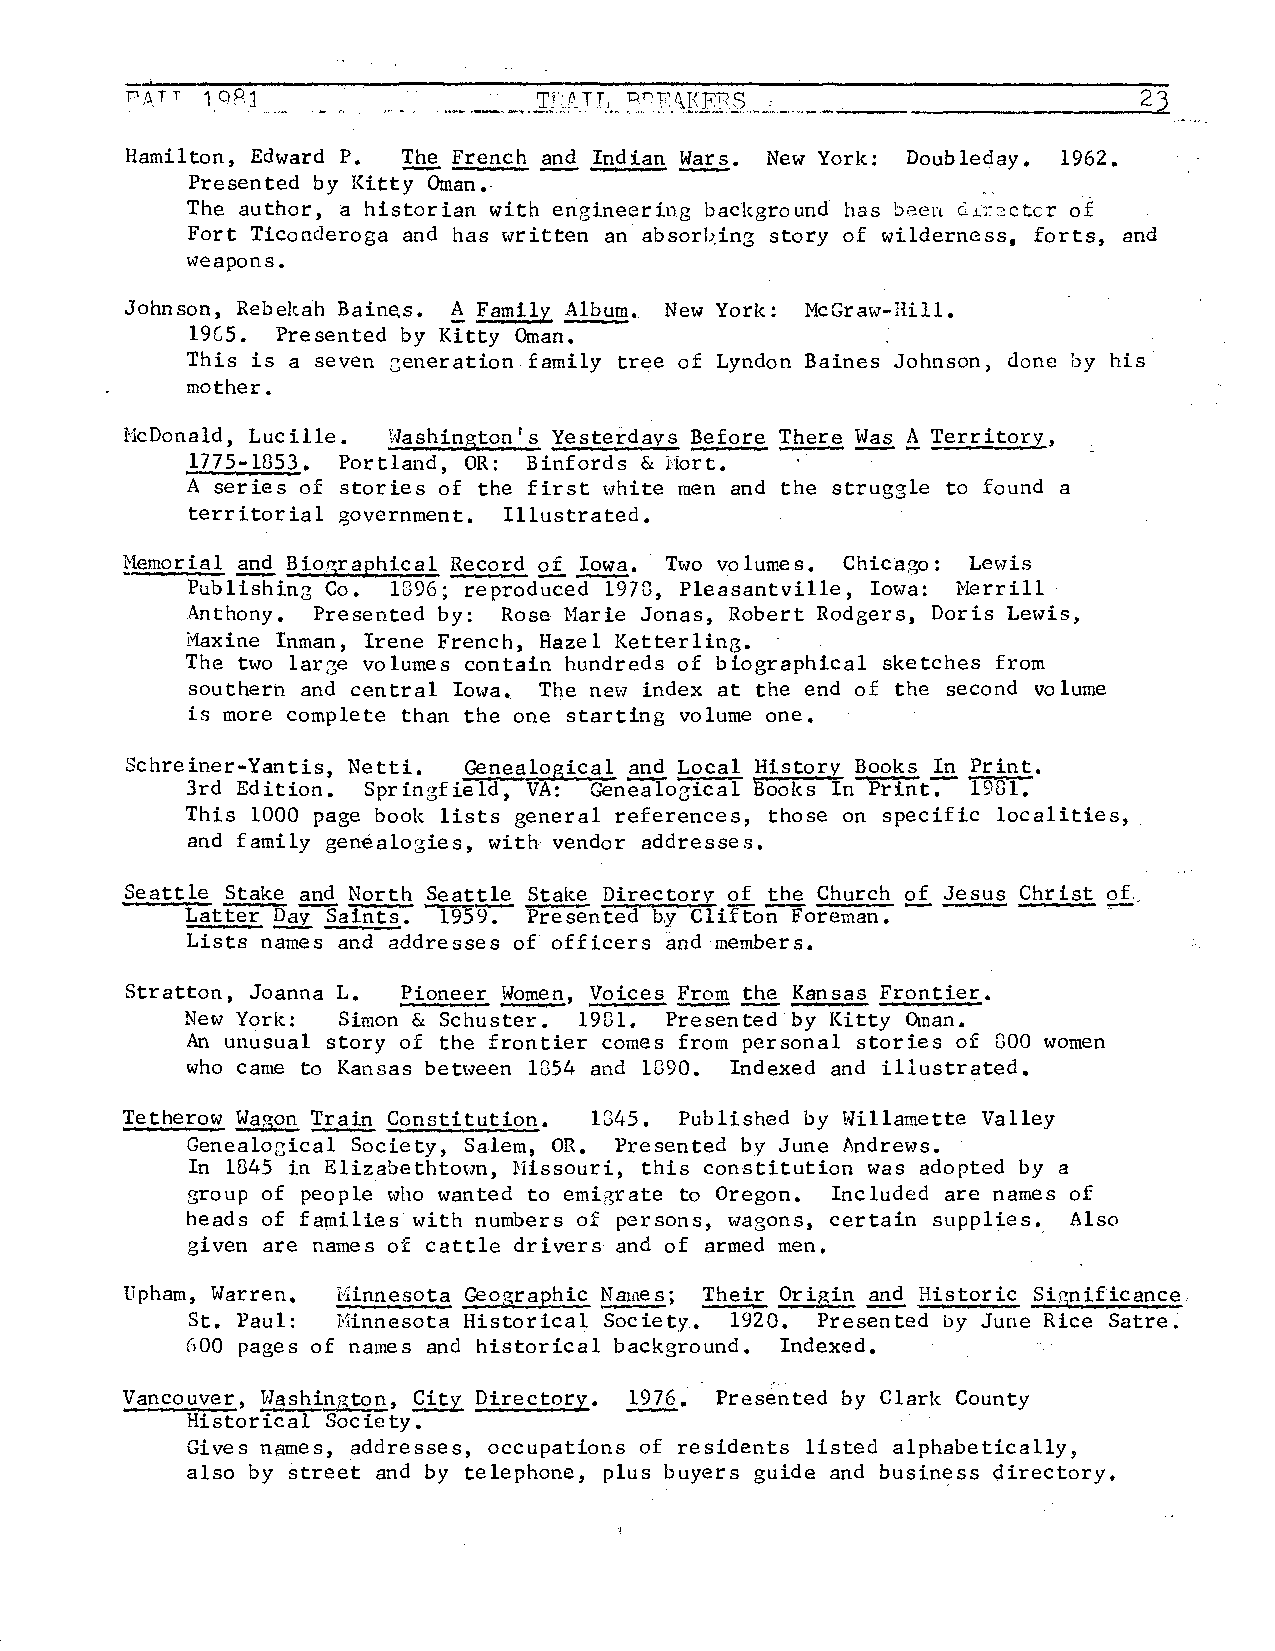
2
 Hamilton, Edward P. ~ French and Indian Wars. New York: Doubleday. 1962.
 Presented by Kitty Oman.
 The author, a historian with engineering background has been d~r2ctor of
 Fort Ticonderoga and has written an absor~ing story of wilderness, forts, and
 weapons.
 Johnson, Rebekah Baine,s. ~ Family Album. New York: McGraw-Hill.
 1965. Presented by Kitty Oman.
 This is a seven :::;eneration family tree of Lyndon Baines Johnson, done by his·
 mother.
 McDonald, Lucille. Washington's Yesterdays Before There~~ Territ9ry,
 1775-1853. Portland, OR: Binfords & Hort.
 A series of stories of the first white men and the struggle to found a
 territorial government. Illustrated.
 £i ~-
 ~lemorial ~ Biographical Record     Two volumes. Chicago: Lewis
 Publishing Co. 1896; reproduced 197G, Pleasantville, Iowa: Merrill
 Anthony. Presented by: Rose Marie Jonas, Robert Rodgers, Doris Lewis,
 Maxine Inman, Irene French, Hazel Ketterling.
 The two lar3e volumes contain hundreds of biographical sketches from
 southern and central Iowa. The .new index at the end of the second volume
 is more complete than the one starting volume one.
 Schreiner-Yantis, Netti. Genealogical~ Local History Books In Print.
 3rd Edition. Springfield, VA: Genealogical Books In Print-.- 19Gl.
 This 1000 page book lists general references, those on specific localities,
 and family genealogies, with vendor addresses.
 Seattle Stake and North ~~ Stake Directory 2f ~ Church of Jesus Christ of_
 Latter Day Saints. 1959. Presented b.y Clifton Foreman.
 Lists names and addresses of officers and members.
 Stratton, Joanna L. Pioneer Women, Voices~~ Kansas Frontier.
 New York: Simon & Schuster. 19Gl. Presented by Kitty Oman.
 An unusual story of the frontier comes from personal stories of GOO women
 who came to Kansas between 1G54 and 1090. Indexed and illustrated.
 Tetherow Wagon Train Constitution. 1345. Published by Willamette Valley
 Genealogical Society, Salem, OR. Presented by June Andrews.
 In H345 in Elizabethtown, :Missouri, this constitution was adopted by a
 group of people who wanted to emi6rate to Oregon. Included are names of
 heads of families with numbers of persons, wagons, certain supplies._ Also
 given are names of cattle drivers and of armed men.
 Upham, Warren. Minnesota Geographic Names; Their Origin ~ Historic Significance,
 St. Paul: Minnesota Historical Society. 1920. Presented by June Rice Satre.
 (,00 pages of names and historical background. Indexed •
 .,
 Vancouver, Washington, City Directory. .!22.§.. Presented by Clark County
 Historical Society.
 Gives names, addresses, occupations of residents listed alphabetically,
 also by street and by telephone, plus buyers guide and business directory.